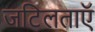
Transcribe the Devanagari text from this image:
जटिलताएॅ